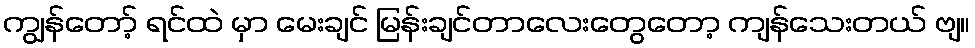
ကျွန်တော့် ရင်ထဲ မှာ မေးချင် မြန်းချင်တာလေးတွေတော့ ကျန်သေးတယ် ဗျ။